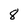
Character: 8